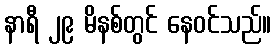
နာရီ ၂၉ မိနစ်တွင် နေဝင်သည်။